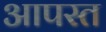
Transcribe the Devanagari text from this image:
आपस्त